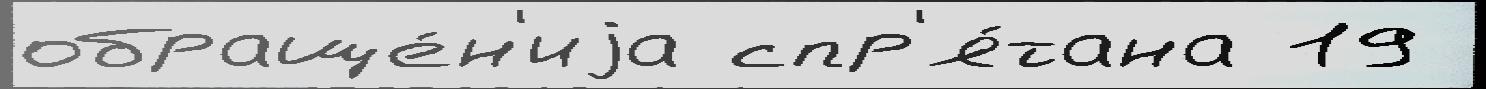
обраще́н'иjа спр'я́тана 19